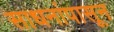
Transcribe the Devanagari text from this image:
साधनांपासून